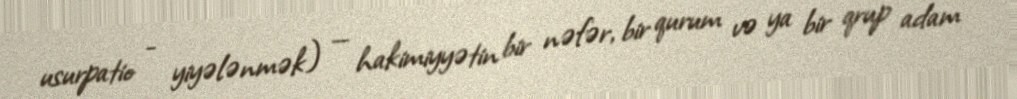
usurpatio - yiyələnmək) — hakimiyyətin bir nəfər, bir qurum və ya bir qrup adam